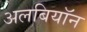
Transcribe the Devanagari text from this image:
अलबियॉन